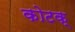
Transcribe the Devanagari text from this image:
कोटक्